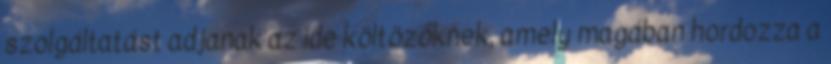
szolgáltatást adjanak az ide költözőknek, amely magában hordozza a